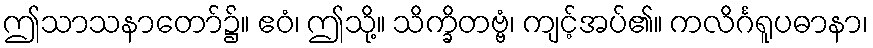
ဤသာသနာတော်၌။ ဧဝံ၊ ဤသို့။ သိက္ခိတဗ္ဗံ၊ ကျင့်အပ်၏။ ကလိင်္ဂရူပဓာနာ၊